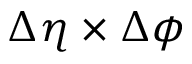
{ \Delta \eta \times \Delta \phi }